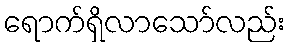
ရောက်ရှိလာသော်လည်း